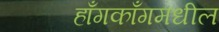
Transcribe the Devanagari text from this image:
हाँगकाँगमधील